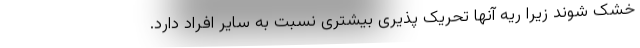
خشک شوند زیرا ریه آنها تحریک پذیری بیشتری نسبت به سایر افراد دارد.